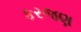
કરજણ